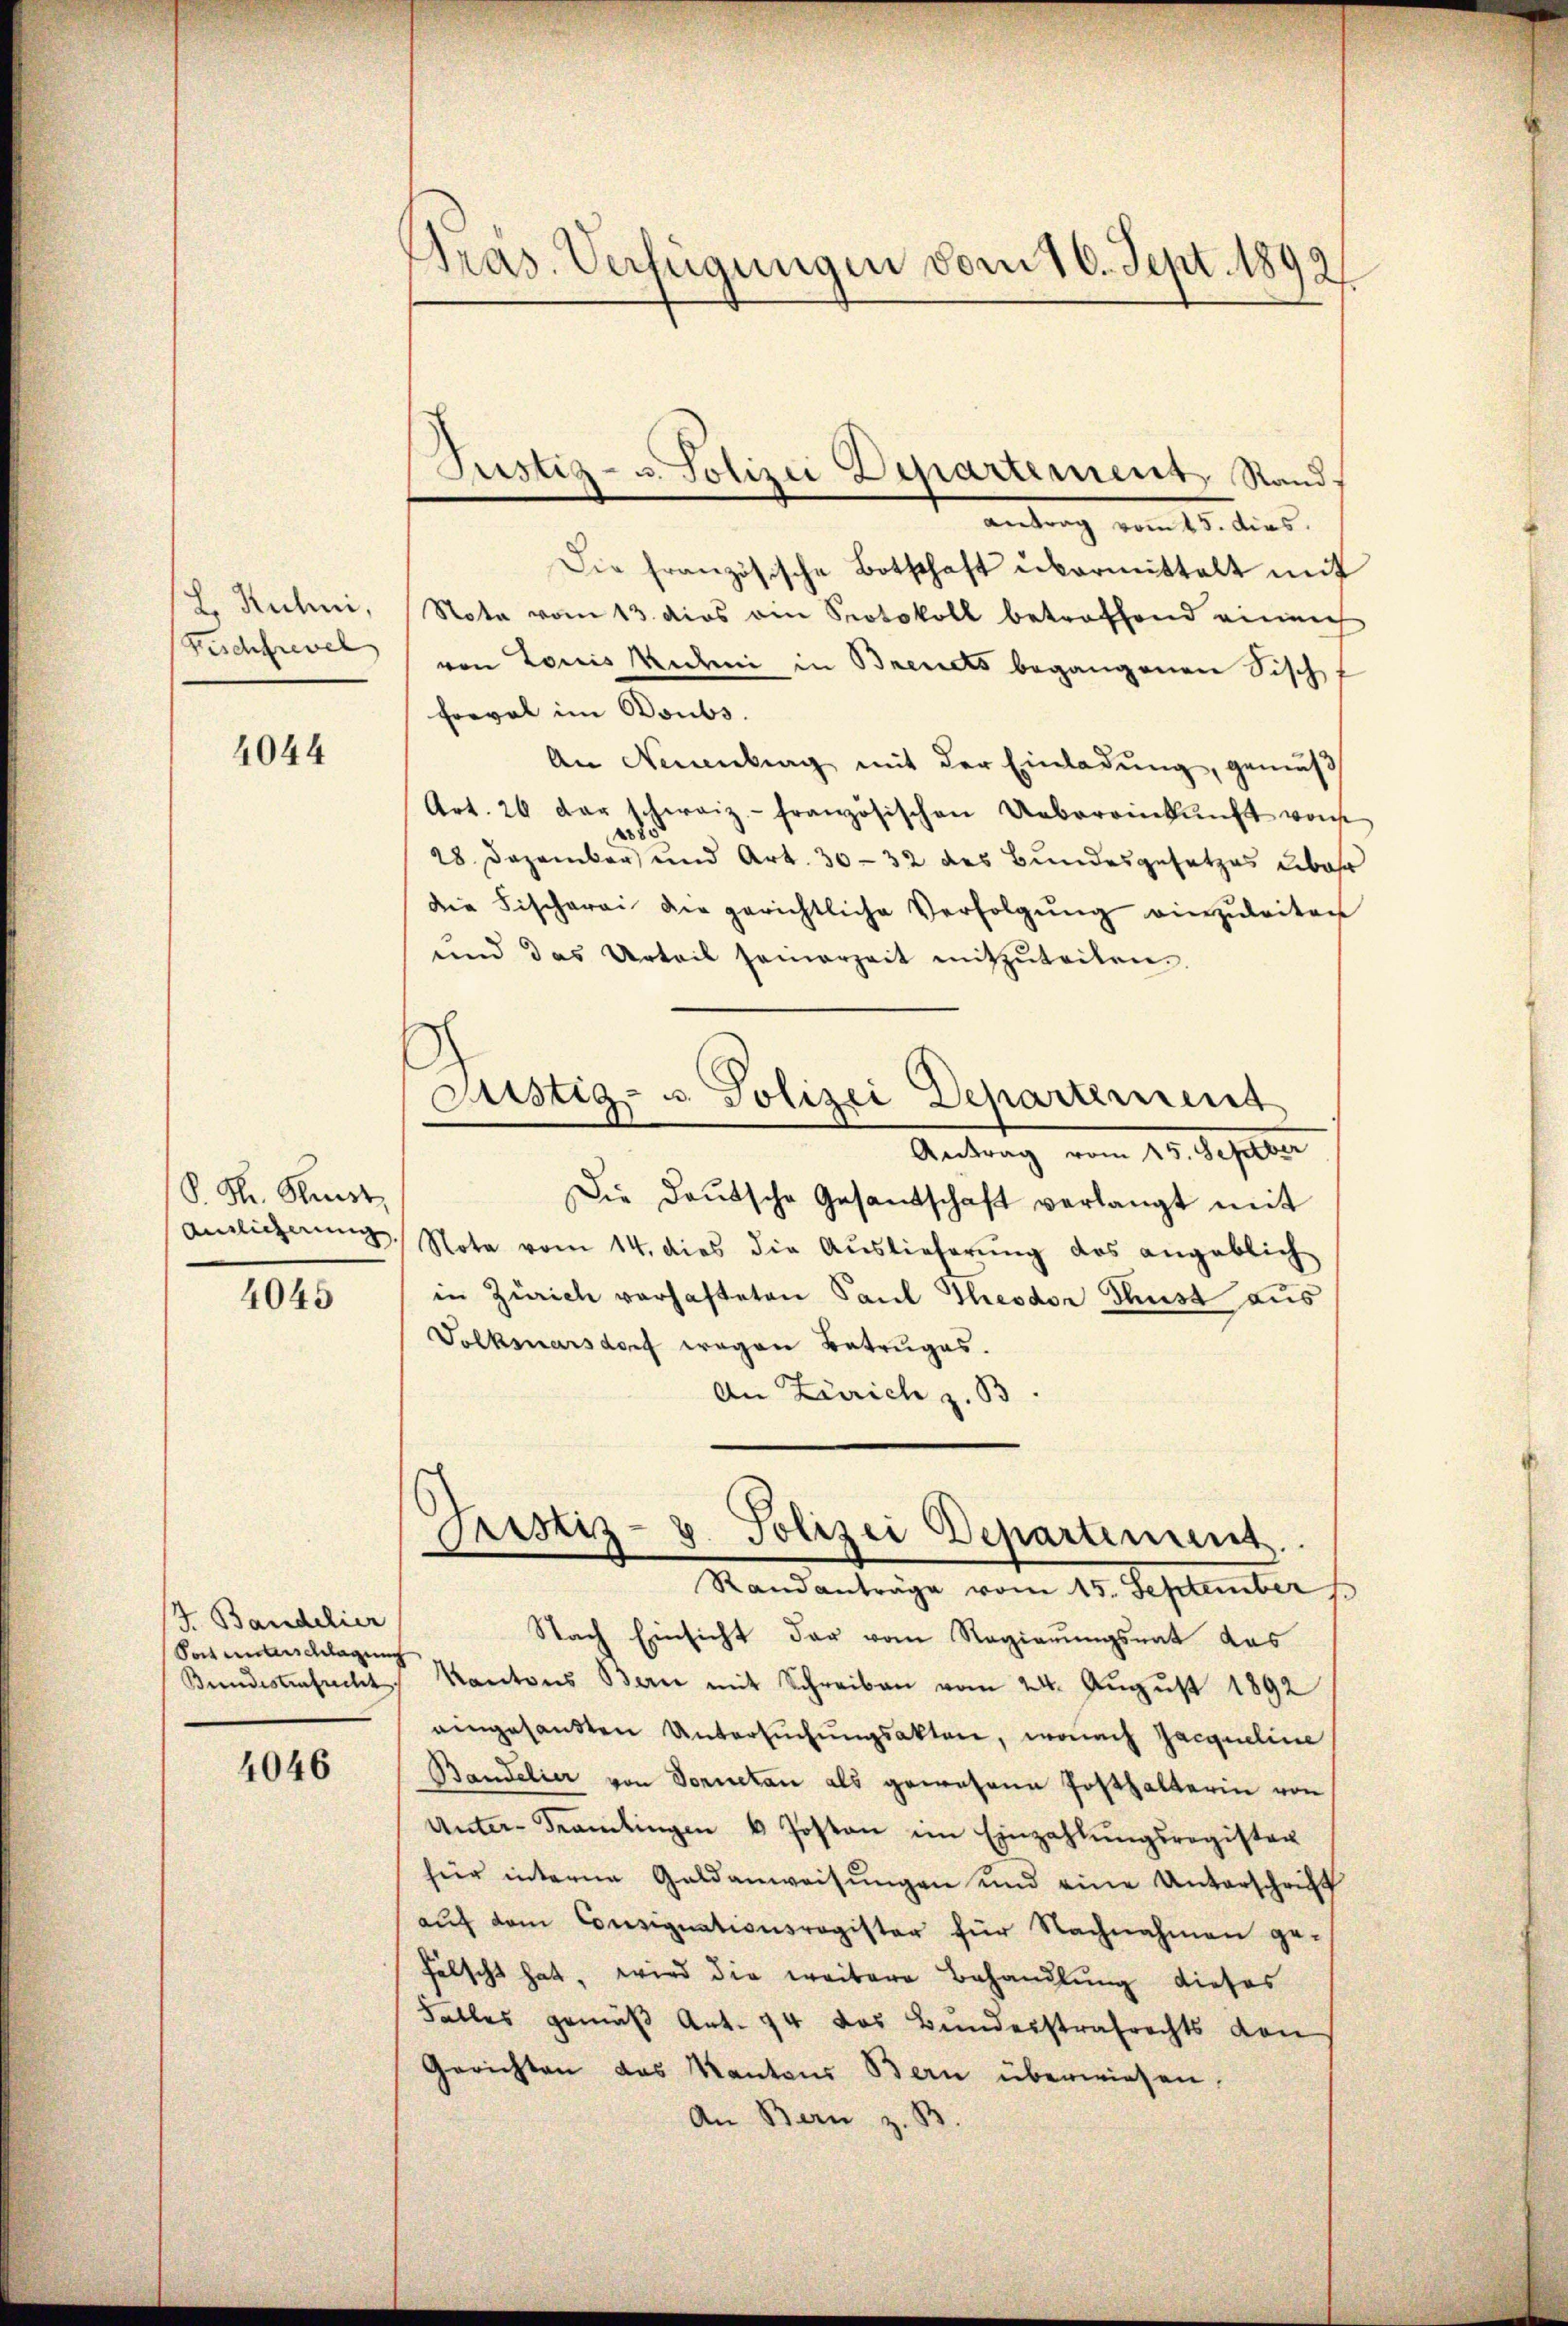
L. Ruhni,
Fischfrevel

4044

S. Hr. Kunst

4045

J. Bandelier
Post unterschlagung

4046

Pras. Verfügungen vom 10. Sept. 1892

antrag vom 15. dies
Die französische Botschaft übermittelt mit
Stota vom 13. dies ein Protokoll betroffend einmach
von Louis Redi in Brends begangenen Fisch
Freval im Boubs.
An Neuenburg mit der Einladŭng, gemäß
Art. 26 der schweiz. französischen Uebereinkunft von
2085
28. Dezember und Art. 30-32 des Bundesgesetzes über
die Fischerei die gerichtliche Verfolgŭng einzŭleiten
und das Urteil seinerzeit mitzŭteilen.
Antrag vom 15. Septber
Die Daŭtsche Gesandtschaft verlangt mit
ainlicherung, Nota vom 14. dies die Aŭslieferŭng des angeblich
in Zürich vorhafteten Paul Theodor Thust aus
Volkmarsdorf wegen Betruges.
An Zürich z. B.
Justiz- u. Polizei Departement
Randanträge vom 15. September
Nach Einsicht der vom Regierungsrat das
Bundestersucht, Kantons Bern mit Schreiben vom 24. August 1892
eingesandten Untersŭchŭngsakten, wonach Jacqueline
Bandelier von Sonnetan als gewesene Posthalterin von
Unter-Kramlingen 6 Posten im Einzahlŭngsregister
für interne Geldanweisŭngen und eine Unterschrift
auf dem Consignationsregister für Nachnahmen ge-
fälscht hat, wird die weitere Behandlung dieses
Falles gemäβ Art. 94 das Bunderstrafrechts von
Gerichten das Kantons Bern überwiesen.
An Bern z. B

Justiz- u. Polizei Departement Stand

Justiz- u. Polizei Departement